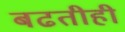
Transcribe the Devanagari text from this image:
बढतीही